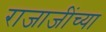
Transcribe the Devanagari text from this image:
राजाजींच्या